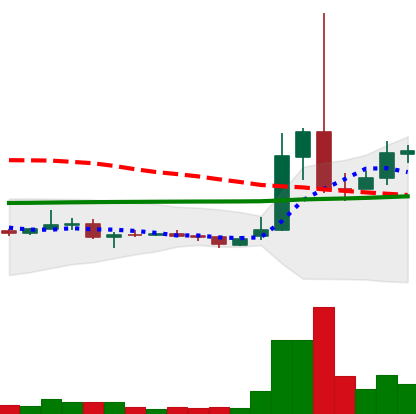
Ticker: XRP-USD
Chart end date: 2021-02-05
Forward return: 11.865%
Label: up_7plus